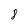
Character: 8